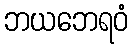
ဘယဘေရဝံ